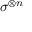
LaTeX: \sigma ^ { \otimes n }